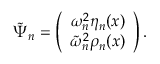
\tilde { \Psi } _ { n } = \left( \begin{array} { c c } { { \omega _ { n } ^ { 2 } \eta _ { n } ( x ) } } \\ { { \tilde { \omega } _ { n } ^ { 2 } \rho _ { n } ( x ) } } \end{array} \right) .